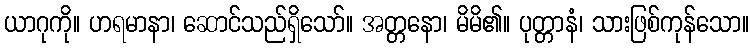
ယာဂုကို။ ဟရမာနာ၊ ဆောင်သည်ရှိသော်။ အတ္တနော၊ မိမိ၏။ ပုတ္တာနံ၊ သားဖြစ်ကုန်သော။